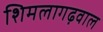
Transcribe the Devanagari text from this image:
शिमलागढ़वाल